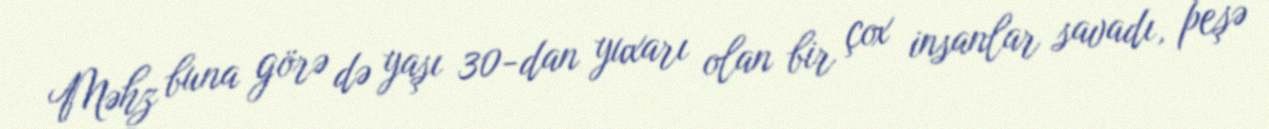
Məhz buna görə də yaşı 30-dan yuxarı olan bir çox insanlar savadı, peşə